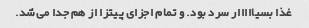
غذا بسیااااار سرد بود. و تمام اجزای پیتزا از هم جدا می‌شد.